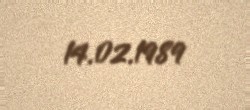
14.02.1989